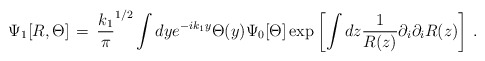
\begin{align*}\Psi_1 [R, \Theta ]\, =\, {k_1\over \pi}^{1/2} \int dy e^{-ik_1 y} \Theta (y) \Psi_0 [\Theta ] \exp \left[\int dz {1\over R(z)} \partial_i \partial_i R(z) \right]\, .\end{align*}